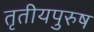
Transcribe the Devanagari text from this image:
तृतीयपुरुष